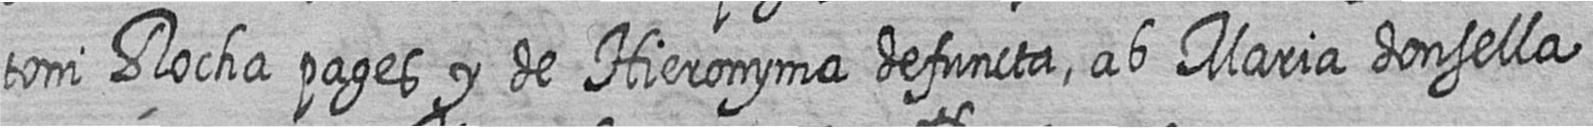
toni Rocha pages y de Hieronyma defuncta ab Maria donsella